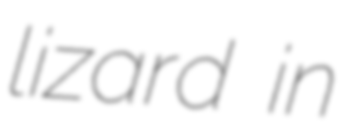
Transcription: lizard in